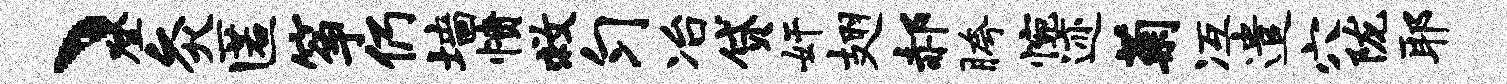
、登灸匿筝仍墙愤救匀冶贷奸翅郝胯惋迹菊冱遣穴陇耶